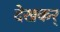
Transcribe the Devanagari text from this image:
देखकर्